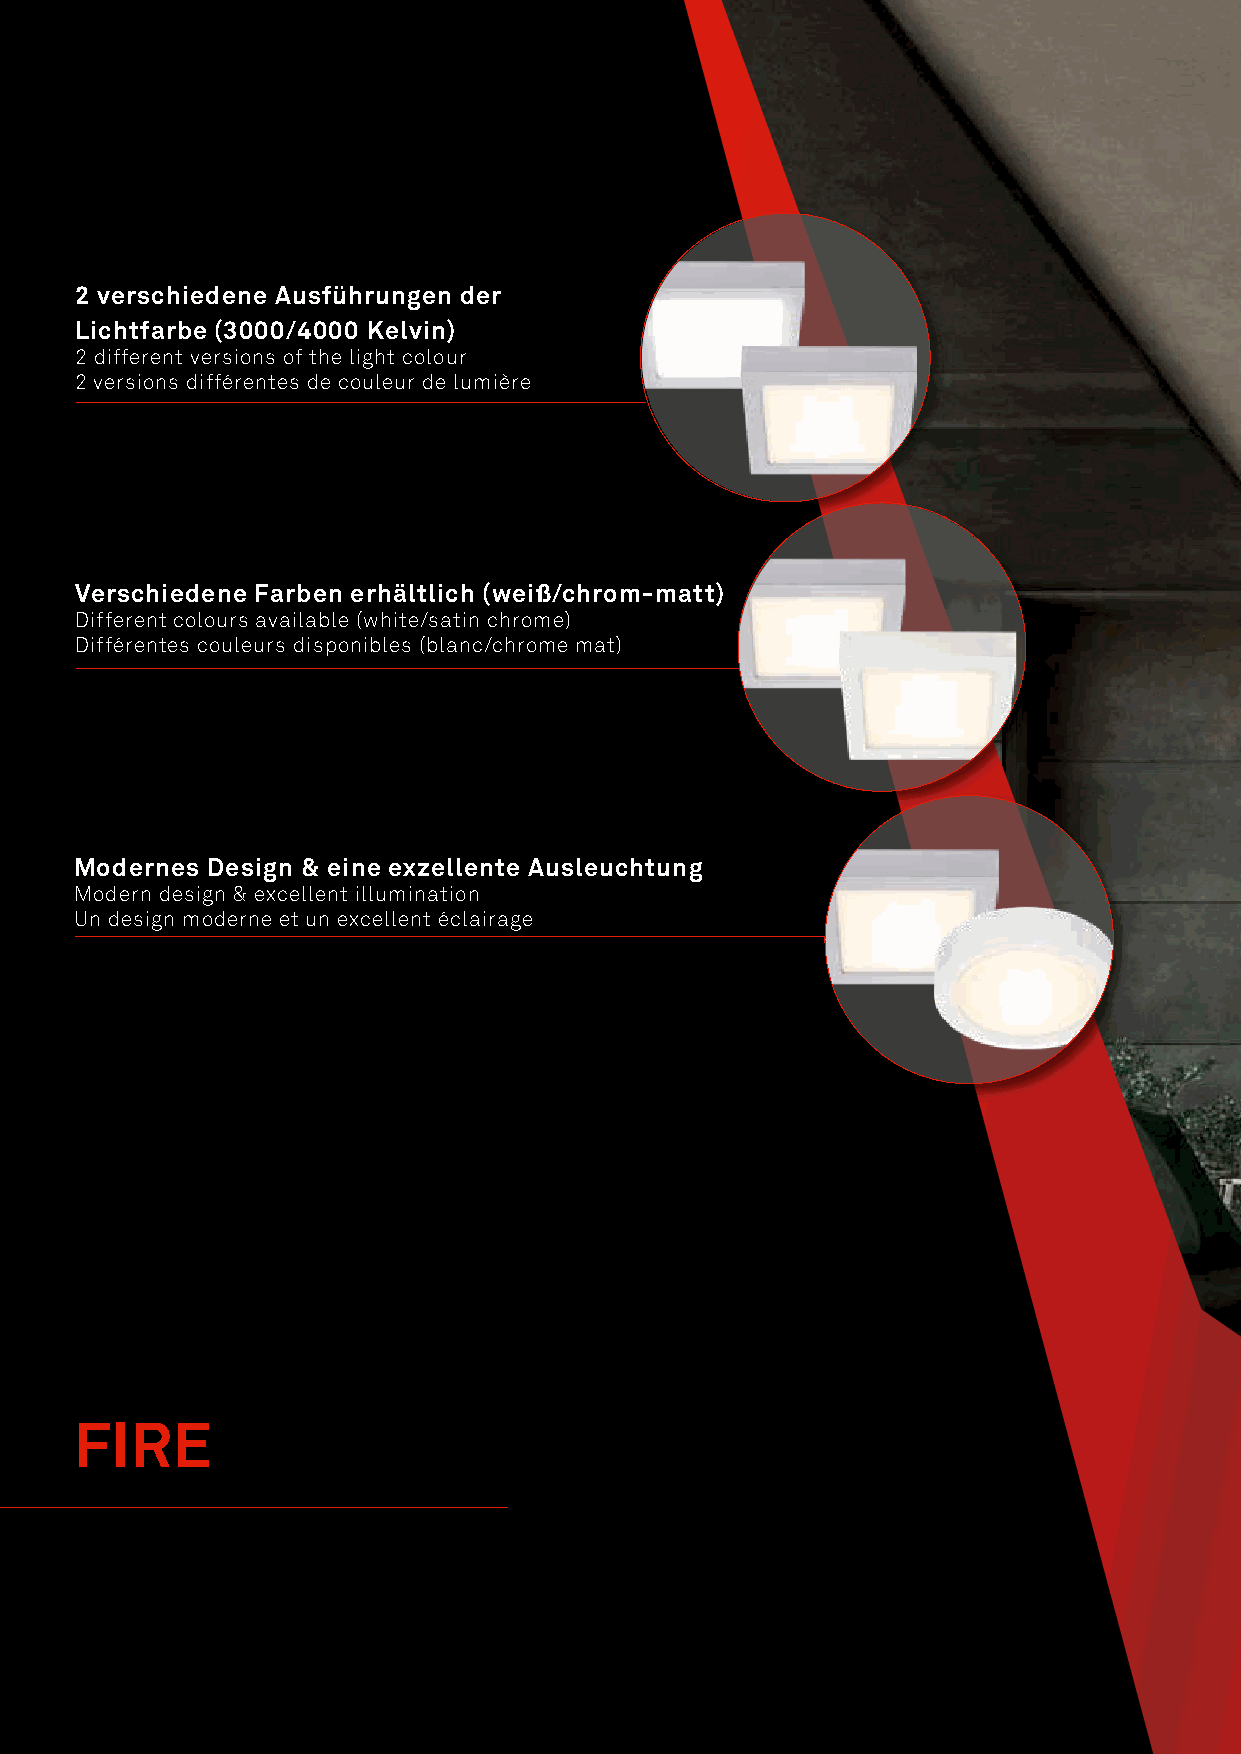
2 verschiedene Ausführungen der
 Lichtfarbe (3000/4000 Kelvin)
 2 different versions of the light colour
 2 versions différentes de couleur de lumière
 Verschiedene Farben erhältlich (weiß/chrom-matt)
 Different colours available (white/satin chrome)
 Différentes couleurs disponibles (blanc/chrome mat)
 Modernes Design & eine exzellente Ausleuchtung
 Modern design & excellent illumination
 Un design moderne et un excellent éclairage
 FIRE
 58